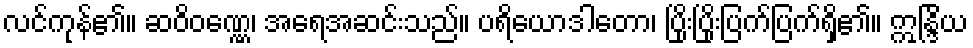
လင်ကုန်၏။ ဆဝိဝဏ္ဏေ၊ အရေအဆင်းသည်။ ပရိယောဒါတော၊ ပြိုးပြိုးပြက်ပြက်ရှိ၏။ ဣန္ဒြိယ